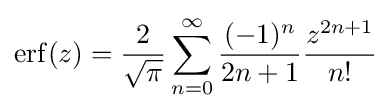
\operatorname {erf} (z)={\frac {2}{\sqrt {\pi }}}\sum _{n=0}^{\infty }{\frac {(-1)^{n}}{2n+1}}{\frac {z^{2n+1}}{n!}}